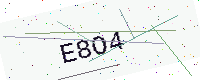
Text: E8O4